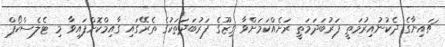
ޗައިނާގެ ދެކުނުއިރުމަތީ ފަރުބަދަމަތީ ރަށެއްކަމަށްވާ ގިޒޫގެ ފަރުބަދަތަކުގެ ތެރޭގައި ގާއިމްކޮށްފައިވާ މި ޓެލެސްކޯޕް